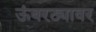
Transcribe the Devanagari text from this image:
ऊंबरठ्यावर